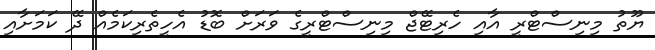
ޔޫތު މިނިސްޓްރީ އާއި ހެރިޓޭޖް މިނިސްޓްރީގެ ވަރަށް ބޮޑު އެހީތެރިކަމެއް ދޭ ކަމަށާއި